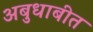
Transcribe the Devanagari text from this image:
अबुधाबीत